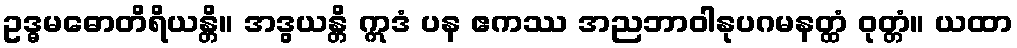
ဥဒ္ဓမဓောတိရိယန္တိ။ အဒွယန္တိ ဣဒံ ပန ဧကဿ အညဘာဝါနုပဂမနတ္ထံ ဝုတ္တံ။ ယထာ